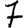
Digit: 7